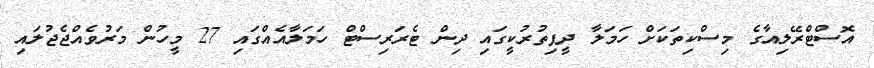
އޮސްޓްރޭލިއާގެ މިސްކިތަކަށް ހަމަލާ ދީފިތުރުކީގައި ދިން ޓެރަރިސްޓް ހަމަލާއެއްގައި 27 މީހުން މަރުވެއްޖެޖުލައި